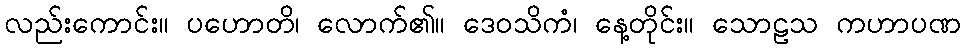
လည်းကောင်း။ ပဟောတိ၊ လောက်၏။ ဒေဝသိကံ၊ နေ့တိုင်း။ သောဠသ ကဟာပဏ